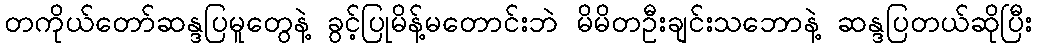
တကိုယ်တော်ဆန္ဒပြမူတွေနဲ့ ခွင့်ပြုမိန့်မတောင်းဘဲ မိမိတဦးချင်းသဘောနဲ့ ဆန္ဒပြတယ်ဆိုပြီး